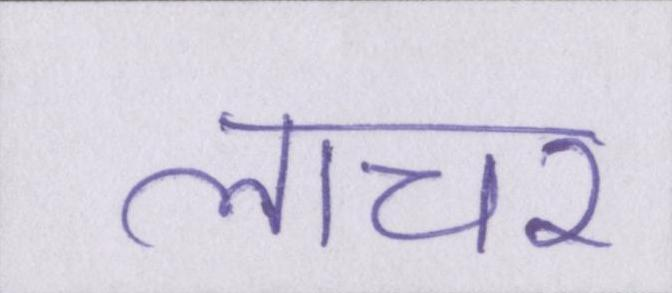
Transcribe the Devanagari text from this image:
लाचर